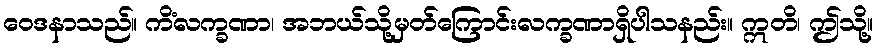
ဝေဒနာသည်။ ကိံလက္ခဏာ၊ အဘယ်သို့မှတ်ကြောင်းလက္ခဏာရှိပါသနည်း။ ဣတိ၊ ဤသို့။